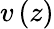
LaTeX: v\left(z\right)